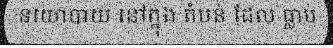
នយោបាយ នៅក្នុង តំបន់ ដែល ធ្លាប់